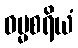
ဓမ္မစရိယံ